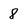
Character: 8